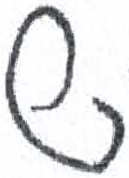
אות: ר